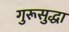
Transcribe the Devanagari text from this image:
गुरूसुद्धा